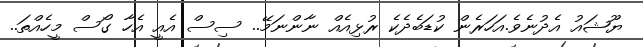
ޔޫޝައު އެދުނެވެ.އަހަރެން ކުޑަބެދެކެ ރުޅިއެއް ނާންނަމޭ.. ސިސް އެއީ އެހާ ގޯސް މީހެއްތަ..